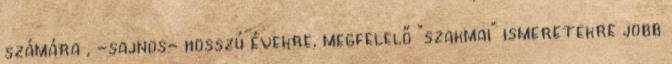
számára , -sajnos- hosszú évekre, megfelelő "szakmai" ismeretekre jobb